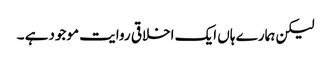
لیکن ہمارے ہاں ایک اخلاقی روایت موجودہے ۔